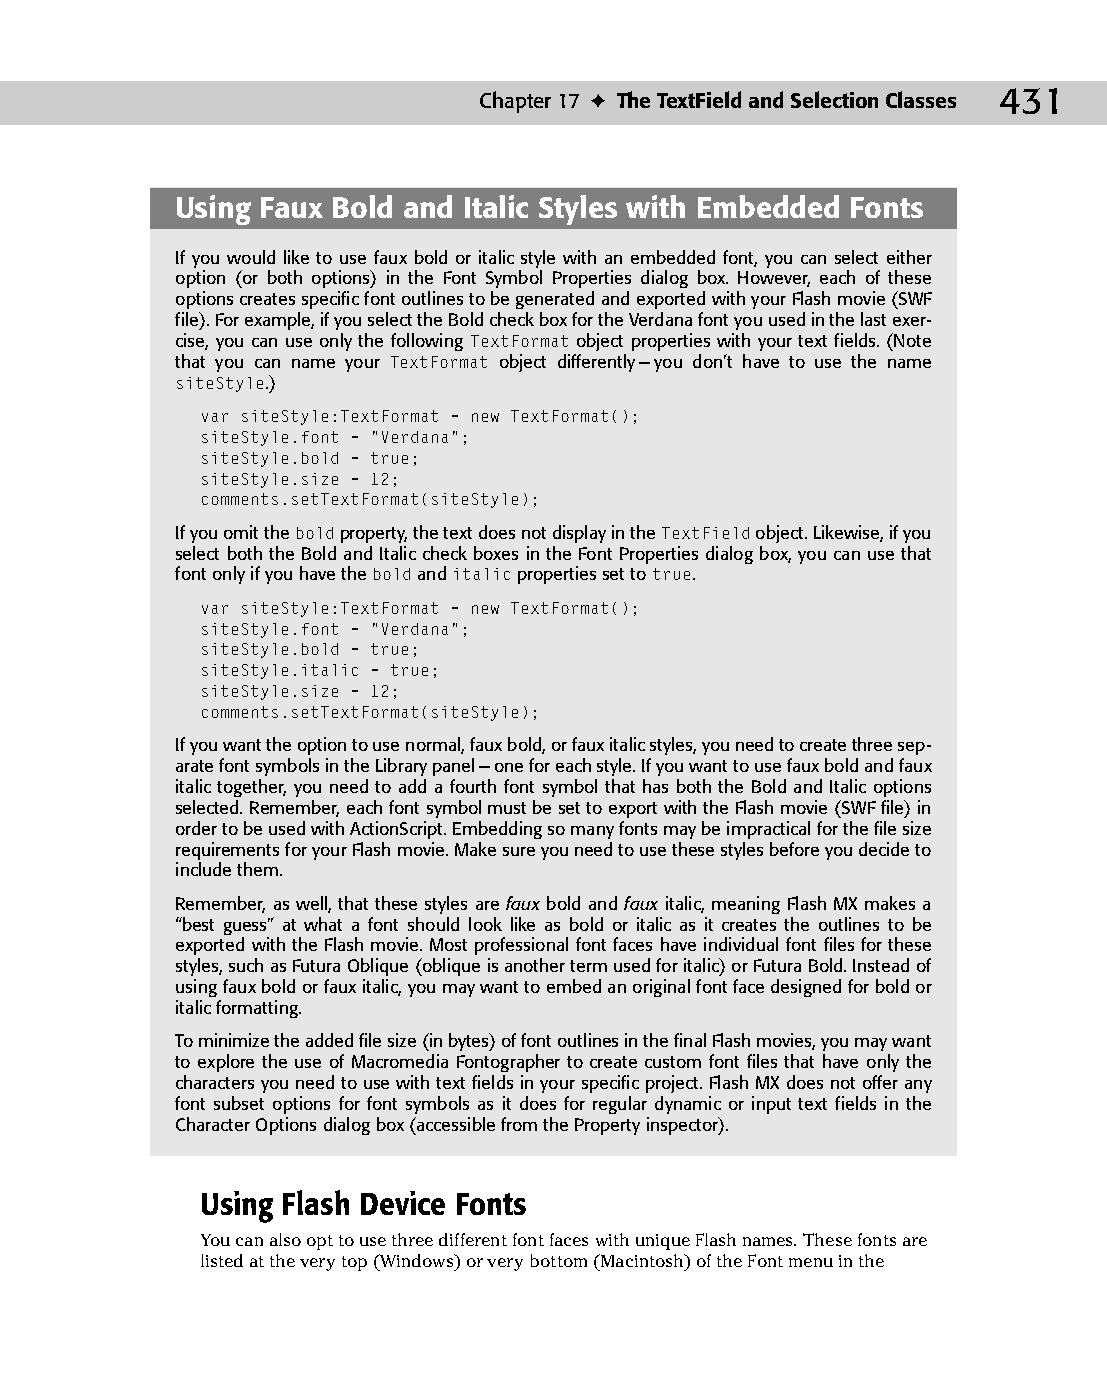
23 543547 ch17.qxd 3/24/04 4:11 PM Page 431
 Chapter 17 ✦ The TextField and Selection Classes 431
 Using Faux Bold and Italic Styles with Embedded Fonts
 If you would like to use faux bold or italic style with an embedded font, you can select either
 option (or both options) in the Font Symbol Properties dialog box. However, each of these
 options creates specific font outlines to be generated and exported with your Flash movie (SWF
 file). For example, if you select the Bold check box for the Verdana font you used in the last exer­
 cise, you can use only the following TextFormat object properties with your text fields. (Note
 that you can name your TextFormat object differently — you don’t have to use the name
 siteStyle.)
 var siteStyle:TextFormat = new TextFormat();
 siteStyle.font = “Verdana”;
 siteStyle.bold = true;
 siteStyle.size = 12;
 comments.setTextFormat(siteStyle);
 If you omit the bold property, the text does not display in the TextField object. Likewise, if you
 select both the Bold and Italic check boxes in the Font Properties dialog box, you can use that
 font only if you have the bold and italic properties set to true.
 var siteStyle:TextFormat = new TextFormat();
 siteStyle.font = “Verdana”;
 siteStyle.bold = true;
 siteStyle.italic = true;
 siteStyle.size = 12;
 comments.setTextFormat(siteStyle);
 If you want the option to use normal, faux bold, or faux italic styles, you need to create three sep­
 arate font symbols in the Library panel — one for each style. If you want to use faux bold and faux
 italic together, you need to add a fourth font symbol that has both the Bold and Italic options
 selected. Remember, each font symbol must be set to export with the Flash movie (SWF file) in
 order to be used with ActionScript. Embedding so many fonts may be impractical for the file size
 requirements for your Flash movie. Make sure you need to use these styles before you decide to
 include them.
 Remember, as well, that these styles are faux bold and faux italic, meaning Flash MX makes a
 “best guess” at what a font should look like as bold or italic as it creates the outlines to be
 exported with the Flash movie. Most professional font faces have individual font files for these
 styles, such as Futura Oblique (oblique is another term used for italic) or Futura Bold. Instead of
 using faux bold or faux italic, you may want to embed an original font face designed for bold or
 italic formatting.
 To minimize the added file size (in bytes) of font outlines in the final Flash movies, you may want
 to explore the use of Macromedia Fontographer to create custom font files that have only the
 characters you need to use with text fields in your specific project. Flash MX does not offer any
 font subset options for font symbols as it does for regular dynamic or input text fields in the
 Character Options dialog box (accessible from the Property inspector).
 Using Flash Device Fonts
 You can also opt to use three different font faces with unique Flash names. These fonts are
 listed at the very top (Windows) or very bottom (Macintosh) of the Font menu in the